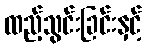
ထည့်သွင်းခြင်းနှင့်